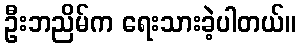
ဦးဘညိမ်က ရေးသားခဲ့ပါတယ်။